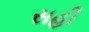
સહી